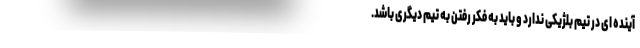
آینده ای در تیم بلژیکی ندارد و باید به فکر رفتن به تیم دیگری باشد.